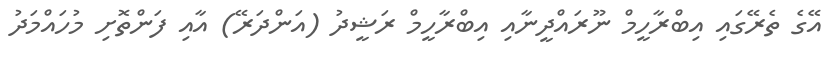
އޭގެ ތެރޭގައި އިބްރާހީމް ނޫރައްދީނާއި އިބްރާހީމް ރަޝީދު (އަންދަރޭ) އާއި ފަންތޮށި މުހައްމަދު